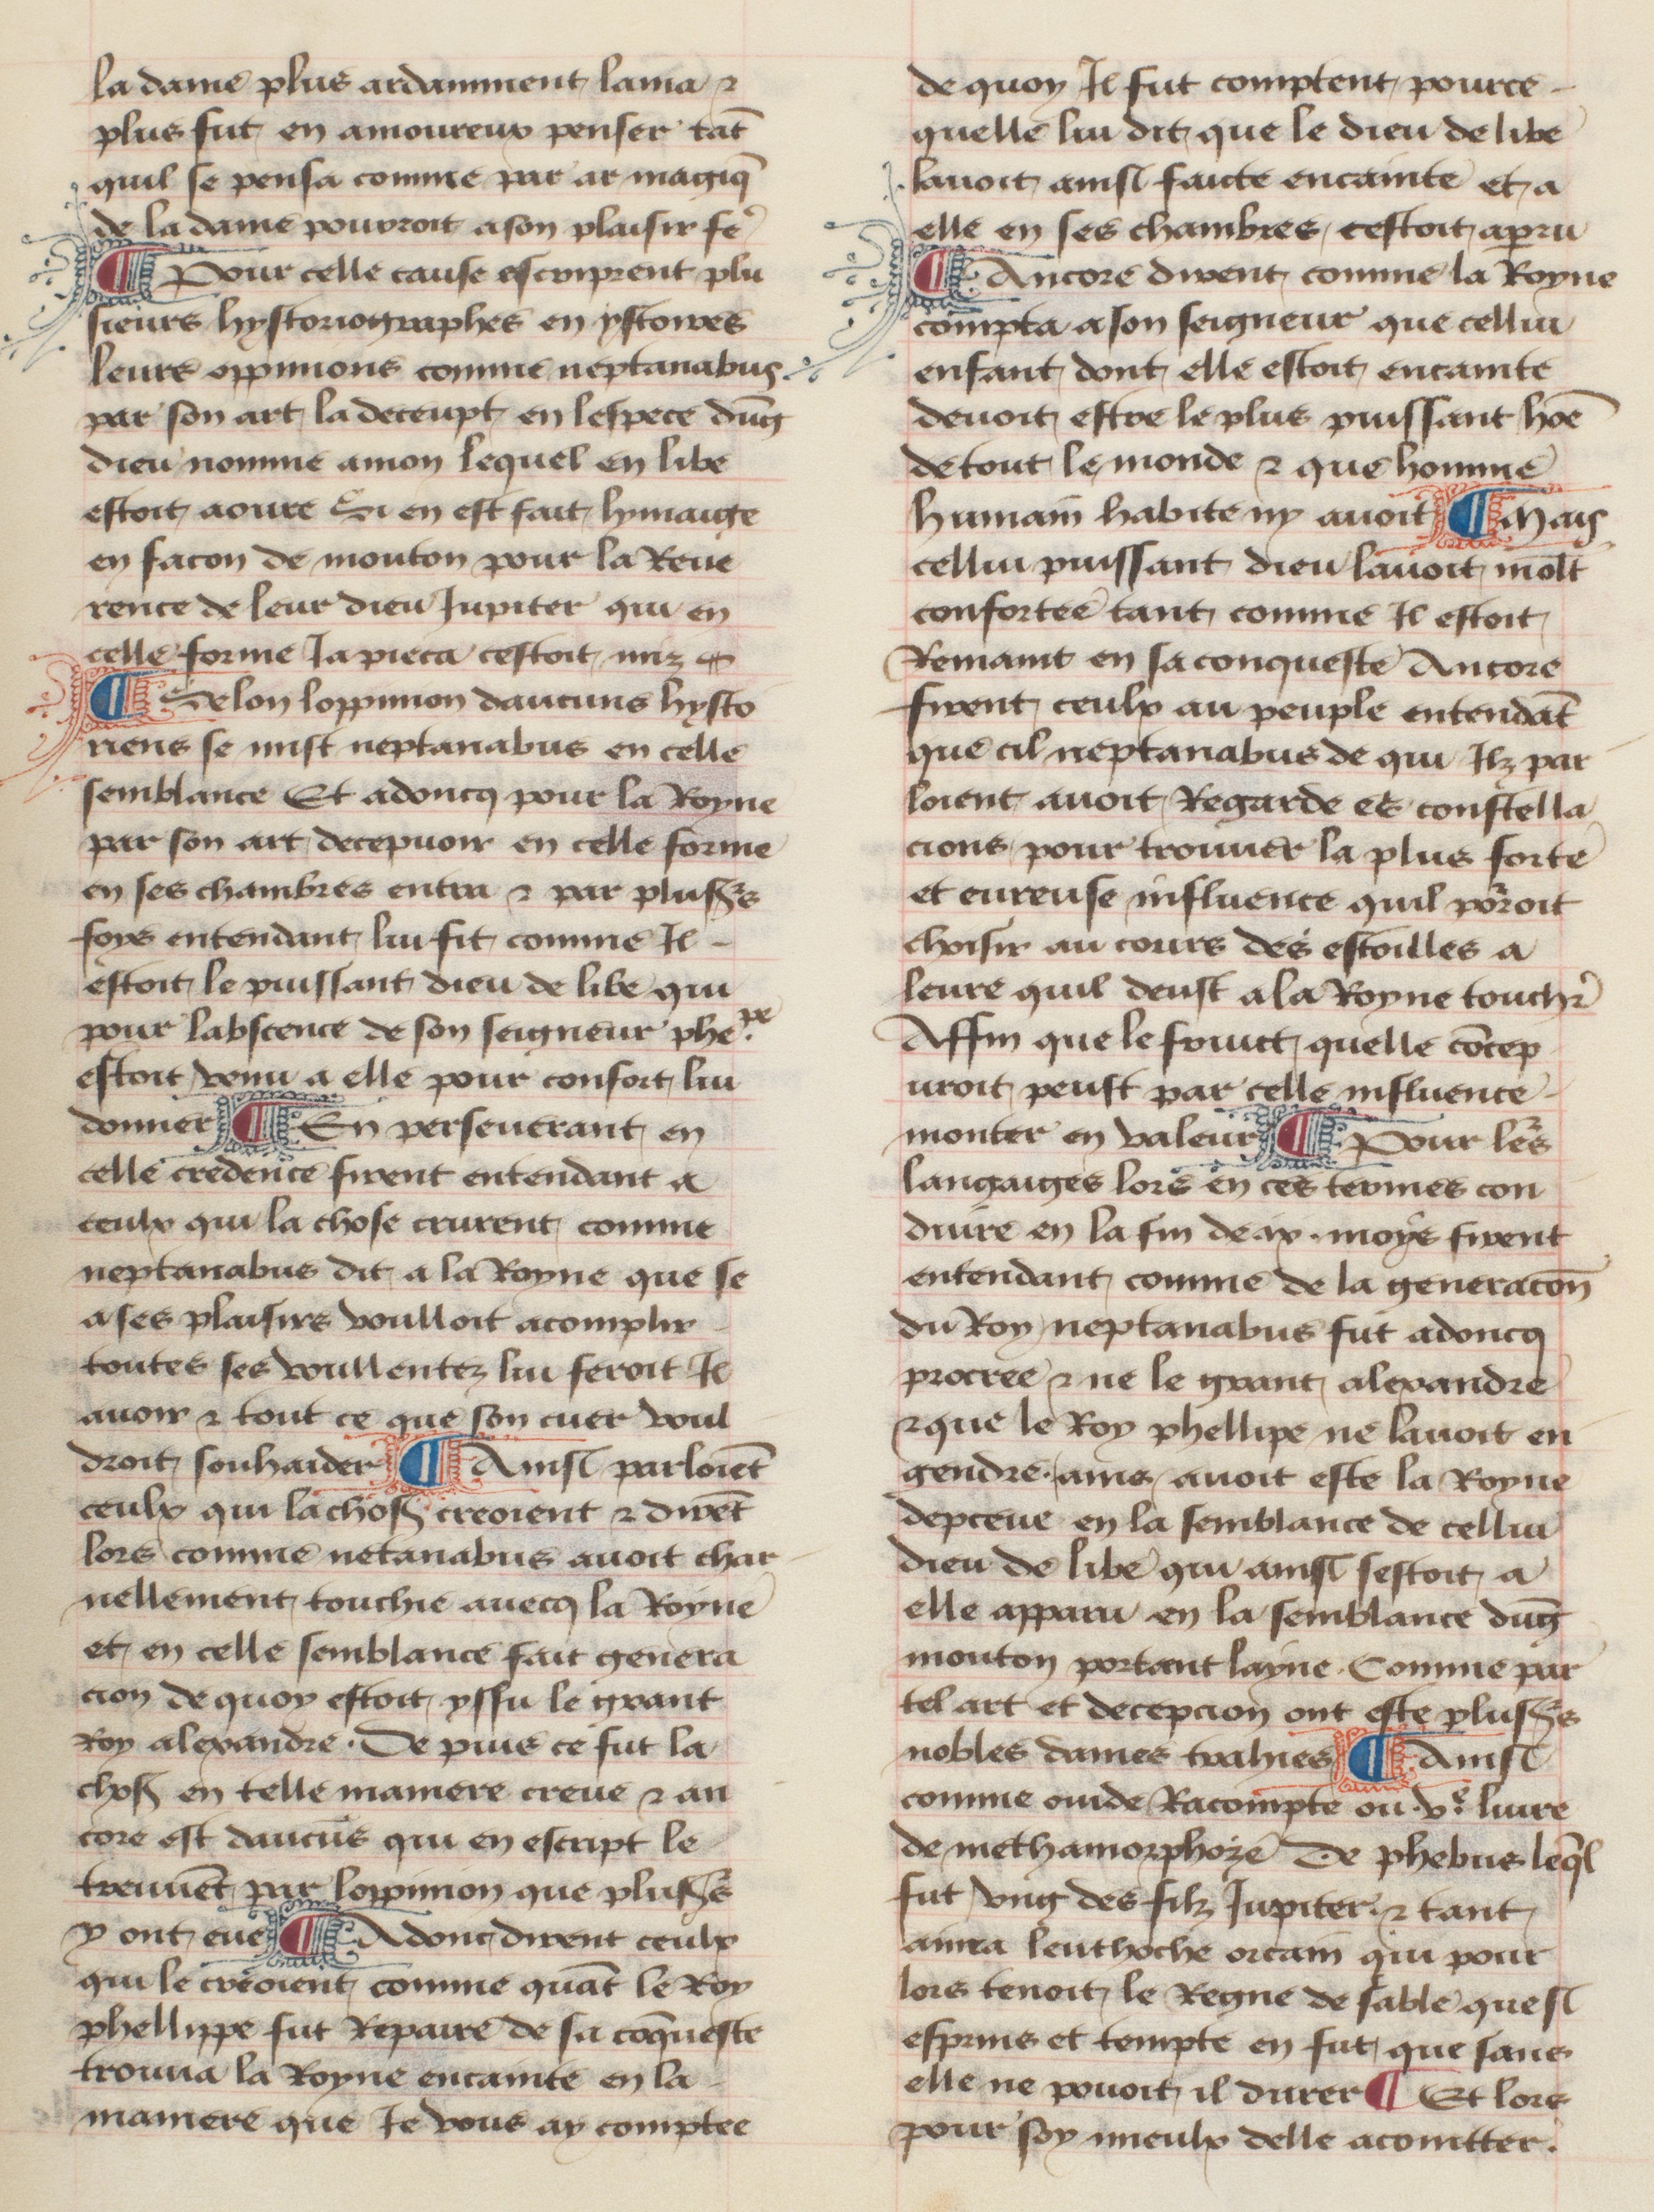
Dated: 1457–1482